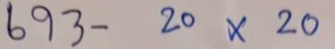
693 - 20 x 20